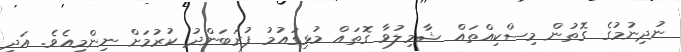
ނުދިނުމުގެ ގޮތުން މިސްކިއްތައް ޝާމިލުވާ ގޮތައް މުޅިގައުމު ފުރަބަންދު ކުރުމަށް ނިންމިިއެވެ. އަދި